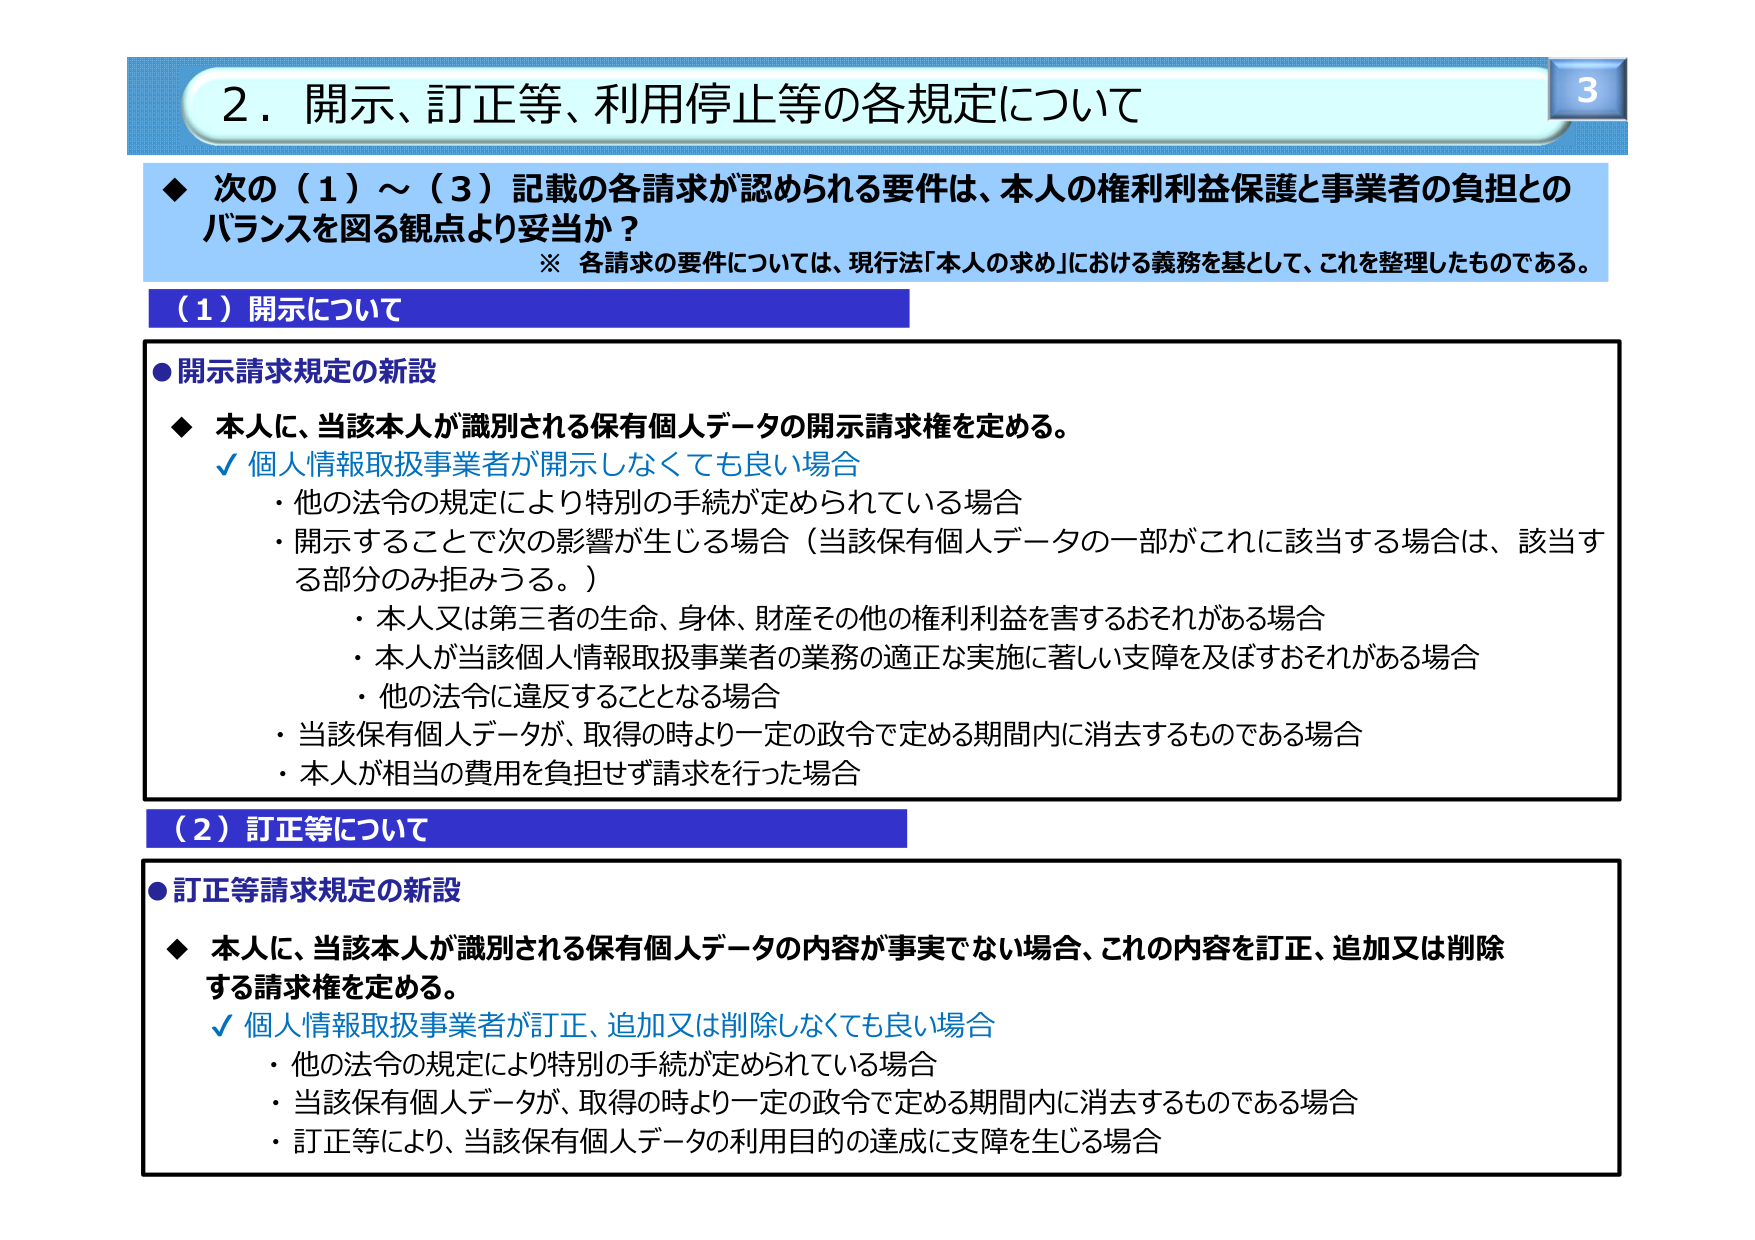
2．開示、訂正等、利用停止等の各規定について

◆ 次の（1）～（3）記載の各請求が認められる要件は、本人の権利利益保護と事業者の負担とのバランスを図る観点より妥当か？
※ 各請求の要件については、現行法「本人の求め」における義務を基として、これを整理したものである。

（1）開示について

●開示請求規定の新設
◆ 本人に、当該本人が識別される保有個人データの開示請求権を定める。
✓ 個人情報取扱事業者が開示しなくても良い場合
・他の法令の規定により特別の手続が定められている場合
・開示することで次の影響が生じる場合（当該保有個人データの一部がこれに該当する場合は、該当する部分のみ拒みうる。）
　・本人又は第三者の生命、身体、財産その他の権利利益を害するおそれがある場合
　・本人が当該個人情報取扱事業者の業務の適正な実施に著しい支障を及ぼすおそれがある場合
　・他の法令に違反することとなる場合
・当該保有個人データが、取得の時より一定の政令で定める期間内に消去するものである場合
・本人が相当の費用を負担せず請求を行った場合

（2）訂正等について

●訂正等請求規定の新設
◆ 本人に、当該本人が識別される保有個人データの内容が事実でない場合、これの内容を訂正、追加又は削除する請求権を定める。
✓ 個人情報取扱事業者が訂正、追加又は削除しなくても良い場合
・他の法令の規定により特別の手続が定められている場合
・当該保有個人データが、取得の時より一定の政令で定める期間内に消去するものである場合
・訂正等により、当該保有個人データの利用目的の達成に支障を生じる場合